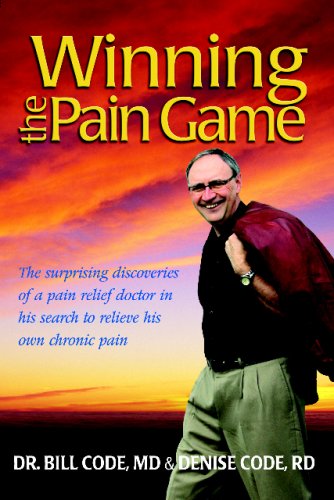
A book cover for "Winning the Pain Game" The surprising discoveries of a pain relief doctor in his search to relieve his own chronic pain.; Dr. Bill;Code, Denise Code; Health, Fitness & Dieting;